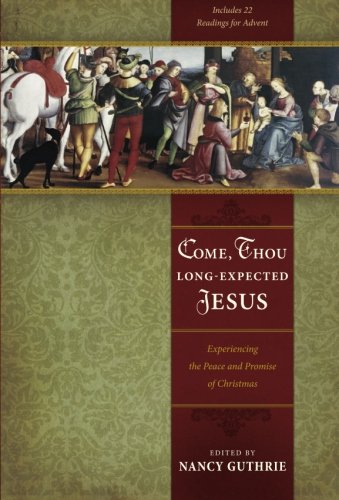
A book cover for Come, Thou Long-Expected Jesus: Experiencing the Peace and Promise of Christmas; Nancy Guthrie; Christian Books & Bibles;